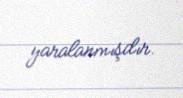
yaralanmışdır.